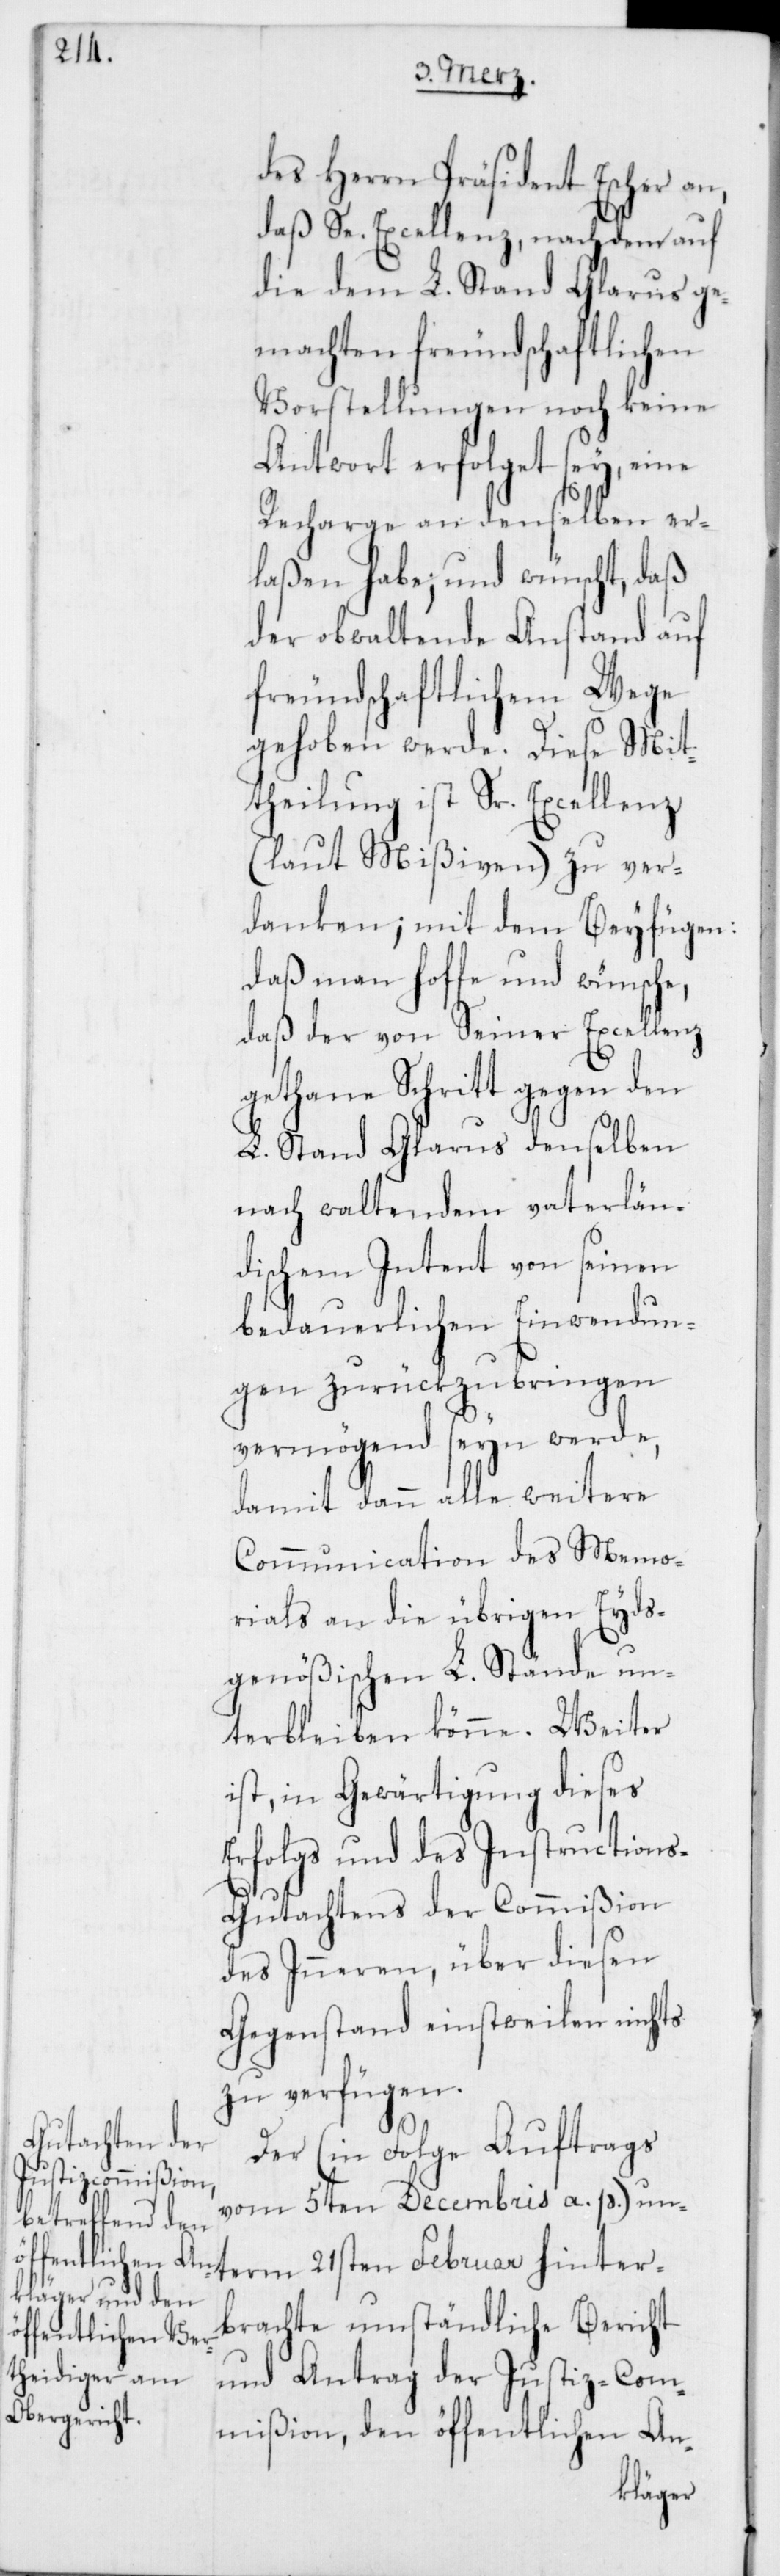
des Herrn Präsident Escher an,
daß Se. Excellenz, nachdem auf
die dem L. Stand Glarus ge¬
machten freundschaftlichen
Vorstellungen noch keine
Antwort erfolget sey, eine
Recharge an denselben er¬
laßen habe; und wünscht, daß
der obwaltende Anstand auf
freundschaftlichem Wege
gehoben werde. Diese Mit¬
theilung ist Sr. Excellenz
(laut Mißiven) zu ver¬
danken; mit dem Beyfügen:
daß man hoffe und wünsche,
daß der von Seiner Excellenz
21sten Februar hinter¬
L. Stand Glarus denselben
nach waltendem vaterlän¬
dischem Intent von seinen
bedauerlichen Einwendun¬
gen zurückzubringen
vermögend seyn werde,
damit dann alle weitere
Communication des Memo¬
rials an die übrigen Eyds¬
genößischen L. Stände un¬
terbleiben könne. Weiter
ist, in Gewärtigung dieses
Erfolgs und des Instruction¬
s-Gutachtens der Commißion
des Inneren, über diesen
Gegenstand einstweilen nichts
zu verfügen.
term
Der (in Folge Auftrags
vom 5ten Decembris a. p.) un¬
brachte umständliche Bericht
und Antrag der Justiz-Com¬
mißion, den öffentlichen An-